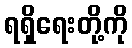
ရရှိရေးတို့ကို